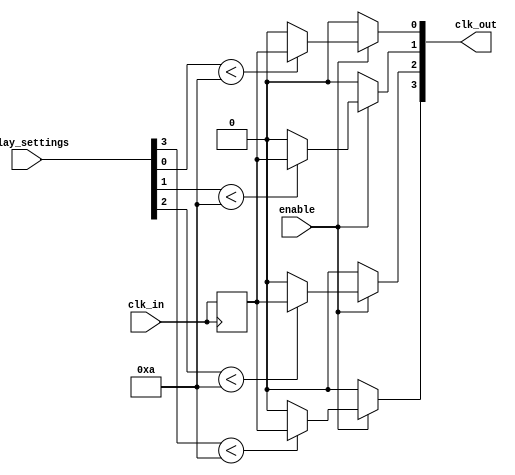
module skew_optimized_clock_buffer (
    input wire clk_in,                // Input clock signal
    input wire enable,                // Enable signal for output
    input wire [N-1:0] delay_settings, // Delay settings for each output
    output wire [N-1:0] clk_out       // Buffered clock outputs
);
    parameter N = 4;                  // Number of output clocks
    parameter MAX_DELAY = 10;         // Maximum delay value (in clock periods)

    // Internal signals for buffered clocks
    wire [N-1:0] clk_buffered;
    wire [N-1:0] clk_delayed;

    // Input stage: Conditioning the input clock signal
    reg clk_conditioned;
    always @(posedge clk_in) begin
        clk_conditioned <= clk_in;
    end

    // Buffering stage: Create multiple identical buffers
    genvar i;
    generate
        for (i = 0; i < N; i = i + 1) begin : buffer_stage
            // Simple buffer implementation
            assign clk_buffered[i] = clk_conditioned;
        end
    endgenerate

    // Output stage: Distributing the buffered clock signal with adjustable delays
    generate
        for (i = 0; i < N; i = i + 1) begin : output_stage
            // Delay line implementation (simple model)
            assign clk_delayed[i] = (delay_settings[i] < MAX_DELAY) ? clk_buffered[i] : 1'b0; // Placeholder for actual delay logic

            // Output driver with enable feature
            assign clk_out[i] = enable ? clk_delayed[i] : 1'b0; // Disable output if not enabled
        end
    endgenerate

endmodule